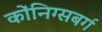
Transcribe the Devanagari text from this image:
कोंनिग्सबर्ग